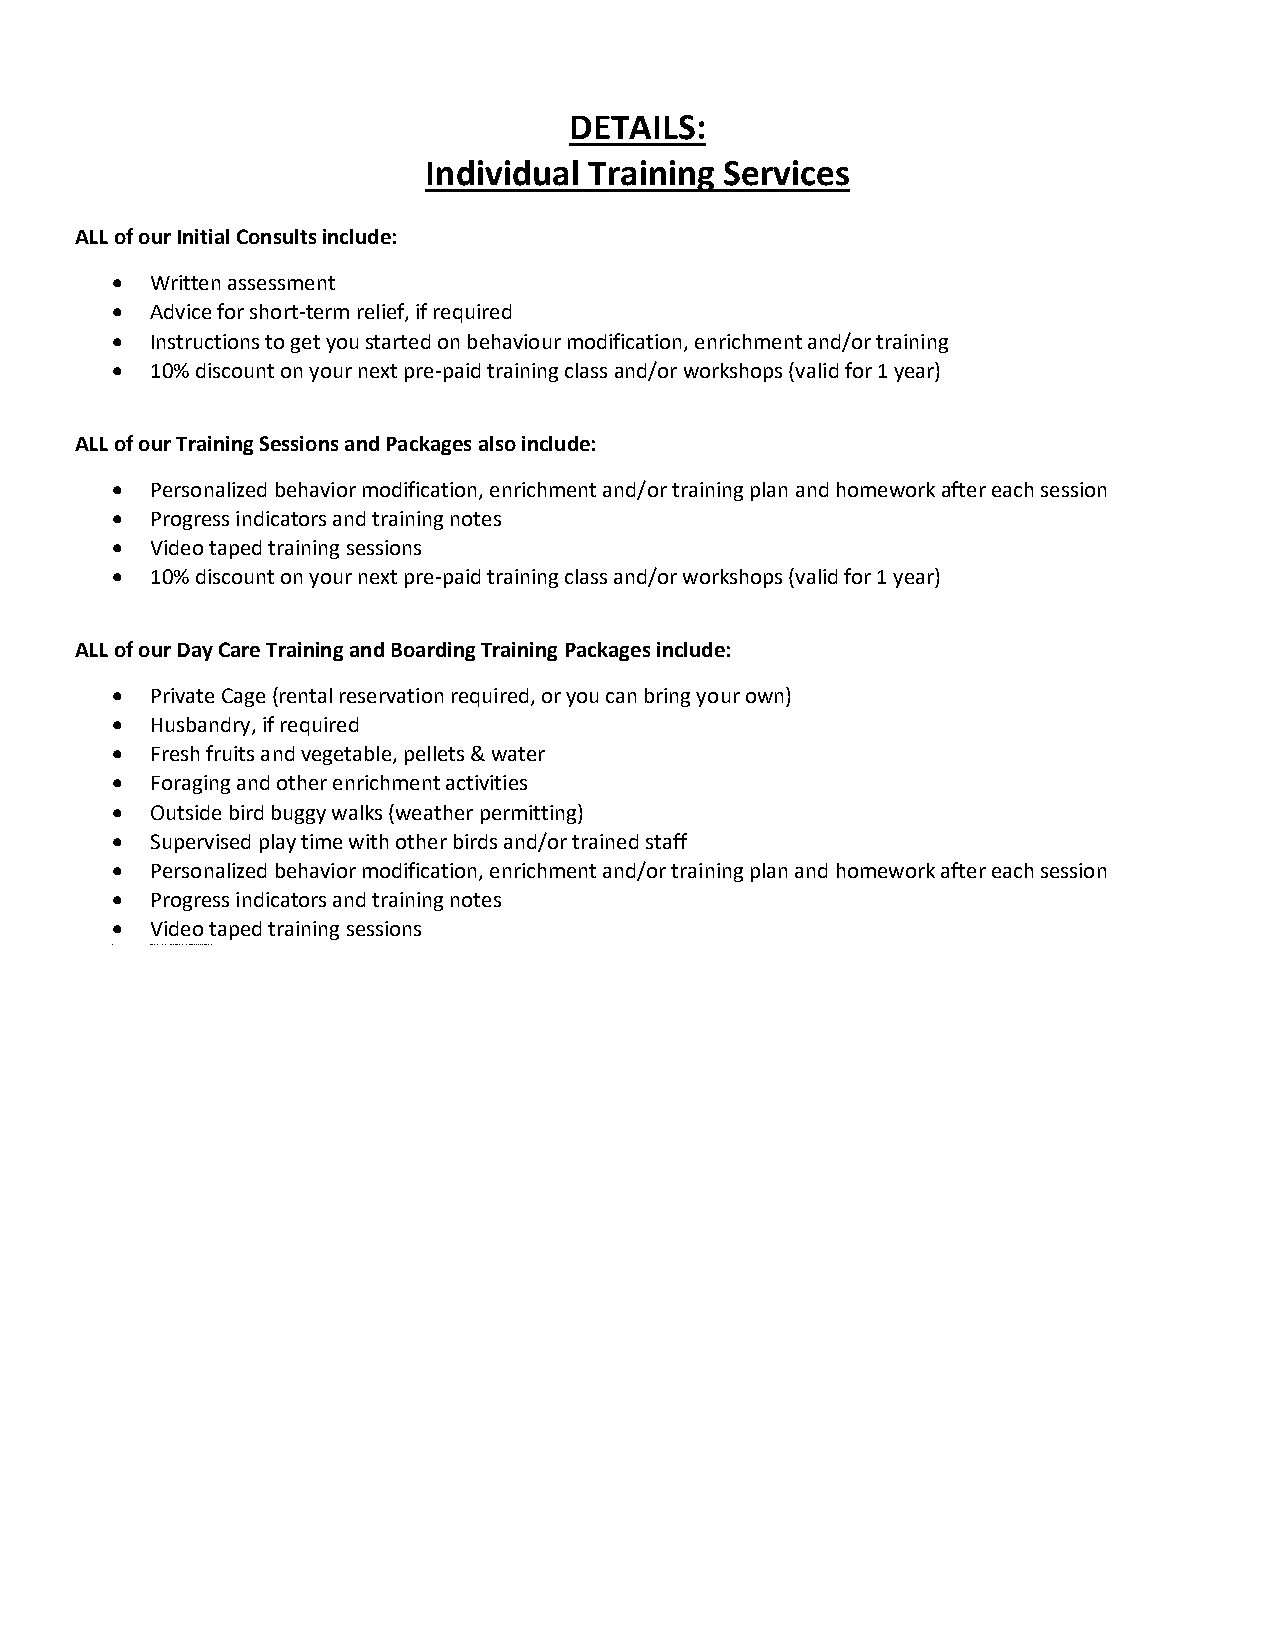
DETAILS:
 Individual Training Services
 ALL of our Initial Consults include:
   Written assessment
   Advice for short-term relief, if required
   Instructions to get you started on behaviour modification, enrichment and/or training
   10% discount on your next pre-paid training class and/or workshops (valid for 1 year)
 ALL of our Training Sessions and Packages also include:
   Personalized behavior modification, enrichment and/or training plan and homework after each session
   Progress indicators and training notes
   Video taped training sessions
   10% discount on your next pre-paid training class and/or workshops (valid for 1 year)
 ALL of our Day Care Training and Boarding Training Packages include:
   Private Cage (rental reservation required, or you can bring your own)
   Husbandry, if required
   Fresh fruits and vegetable, pellets & water
   Foraging and other enrichment activities
   Outside bird buggy walks (weather permitting)
   Supervised play time with other birds and/or trained staff
   Personalized behavior modification, enrichment and/or training plan and homework after each session
   Progress indicators and training notes
   Video taped training sessions
   10% discount on your next pre-paid training class and/or workshops (valid f